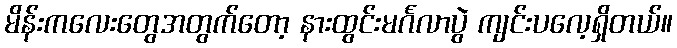
မိန်းကလေးတွေအတွက်တော့ နားထွင်းမင်္ဂလာပွဲ ကျင်းပလေ့ရှိတယ်။